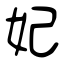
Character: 妃